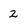
Character: 2